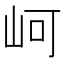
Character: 㞹